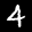
Label: 4